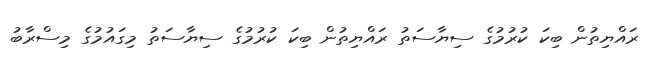
ރައްޔިތުން ބިކަ ކުރުމުގެ ސިޔާސަތު ރައްޔިތުން ބިކަ ކުރުމުގެ ސިޔާސަތު މިގައުމުގެ މިސްރާބު